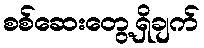
စစ်ဆေးတွေ့ရှိချက်